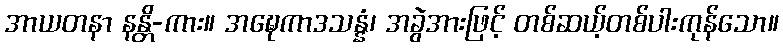
အာယတနာ နန္တိ-ကား။ အဍ္ဎေကာဒသန္နံ၊ အခွဲအားဖြင့် တစ်ဆယ့်တစ်ပါးကုန်သော။